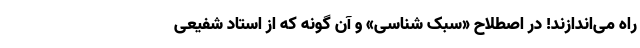
راه می‌اندازند! در اصطلاح «سبک‌ شناسی» و آن گونه که از استاد شفیعی